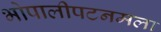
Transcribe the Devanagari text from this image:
भोपालीपटनमला